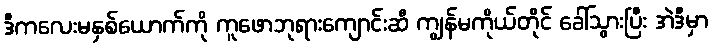
ဒီကလေးမနှစ်ယောက်ကို ကူဖောဘုရားကျောင်းဆီ ကျွန်မကိုယ်တိုင် ခေါ်သွားပြီး အဲဒီမှာ